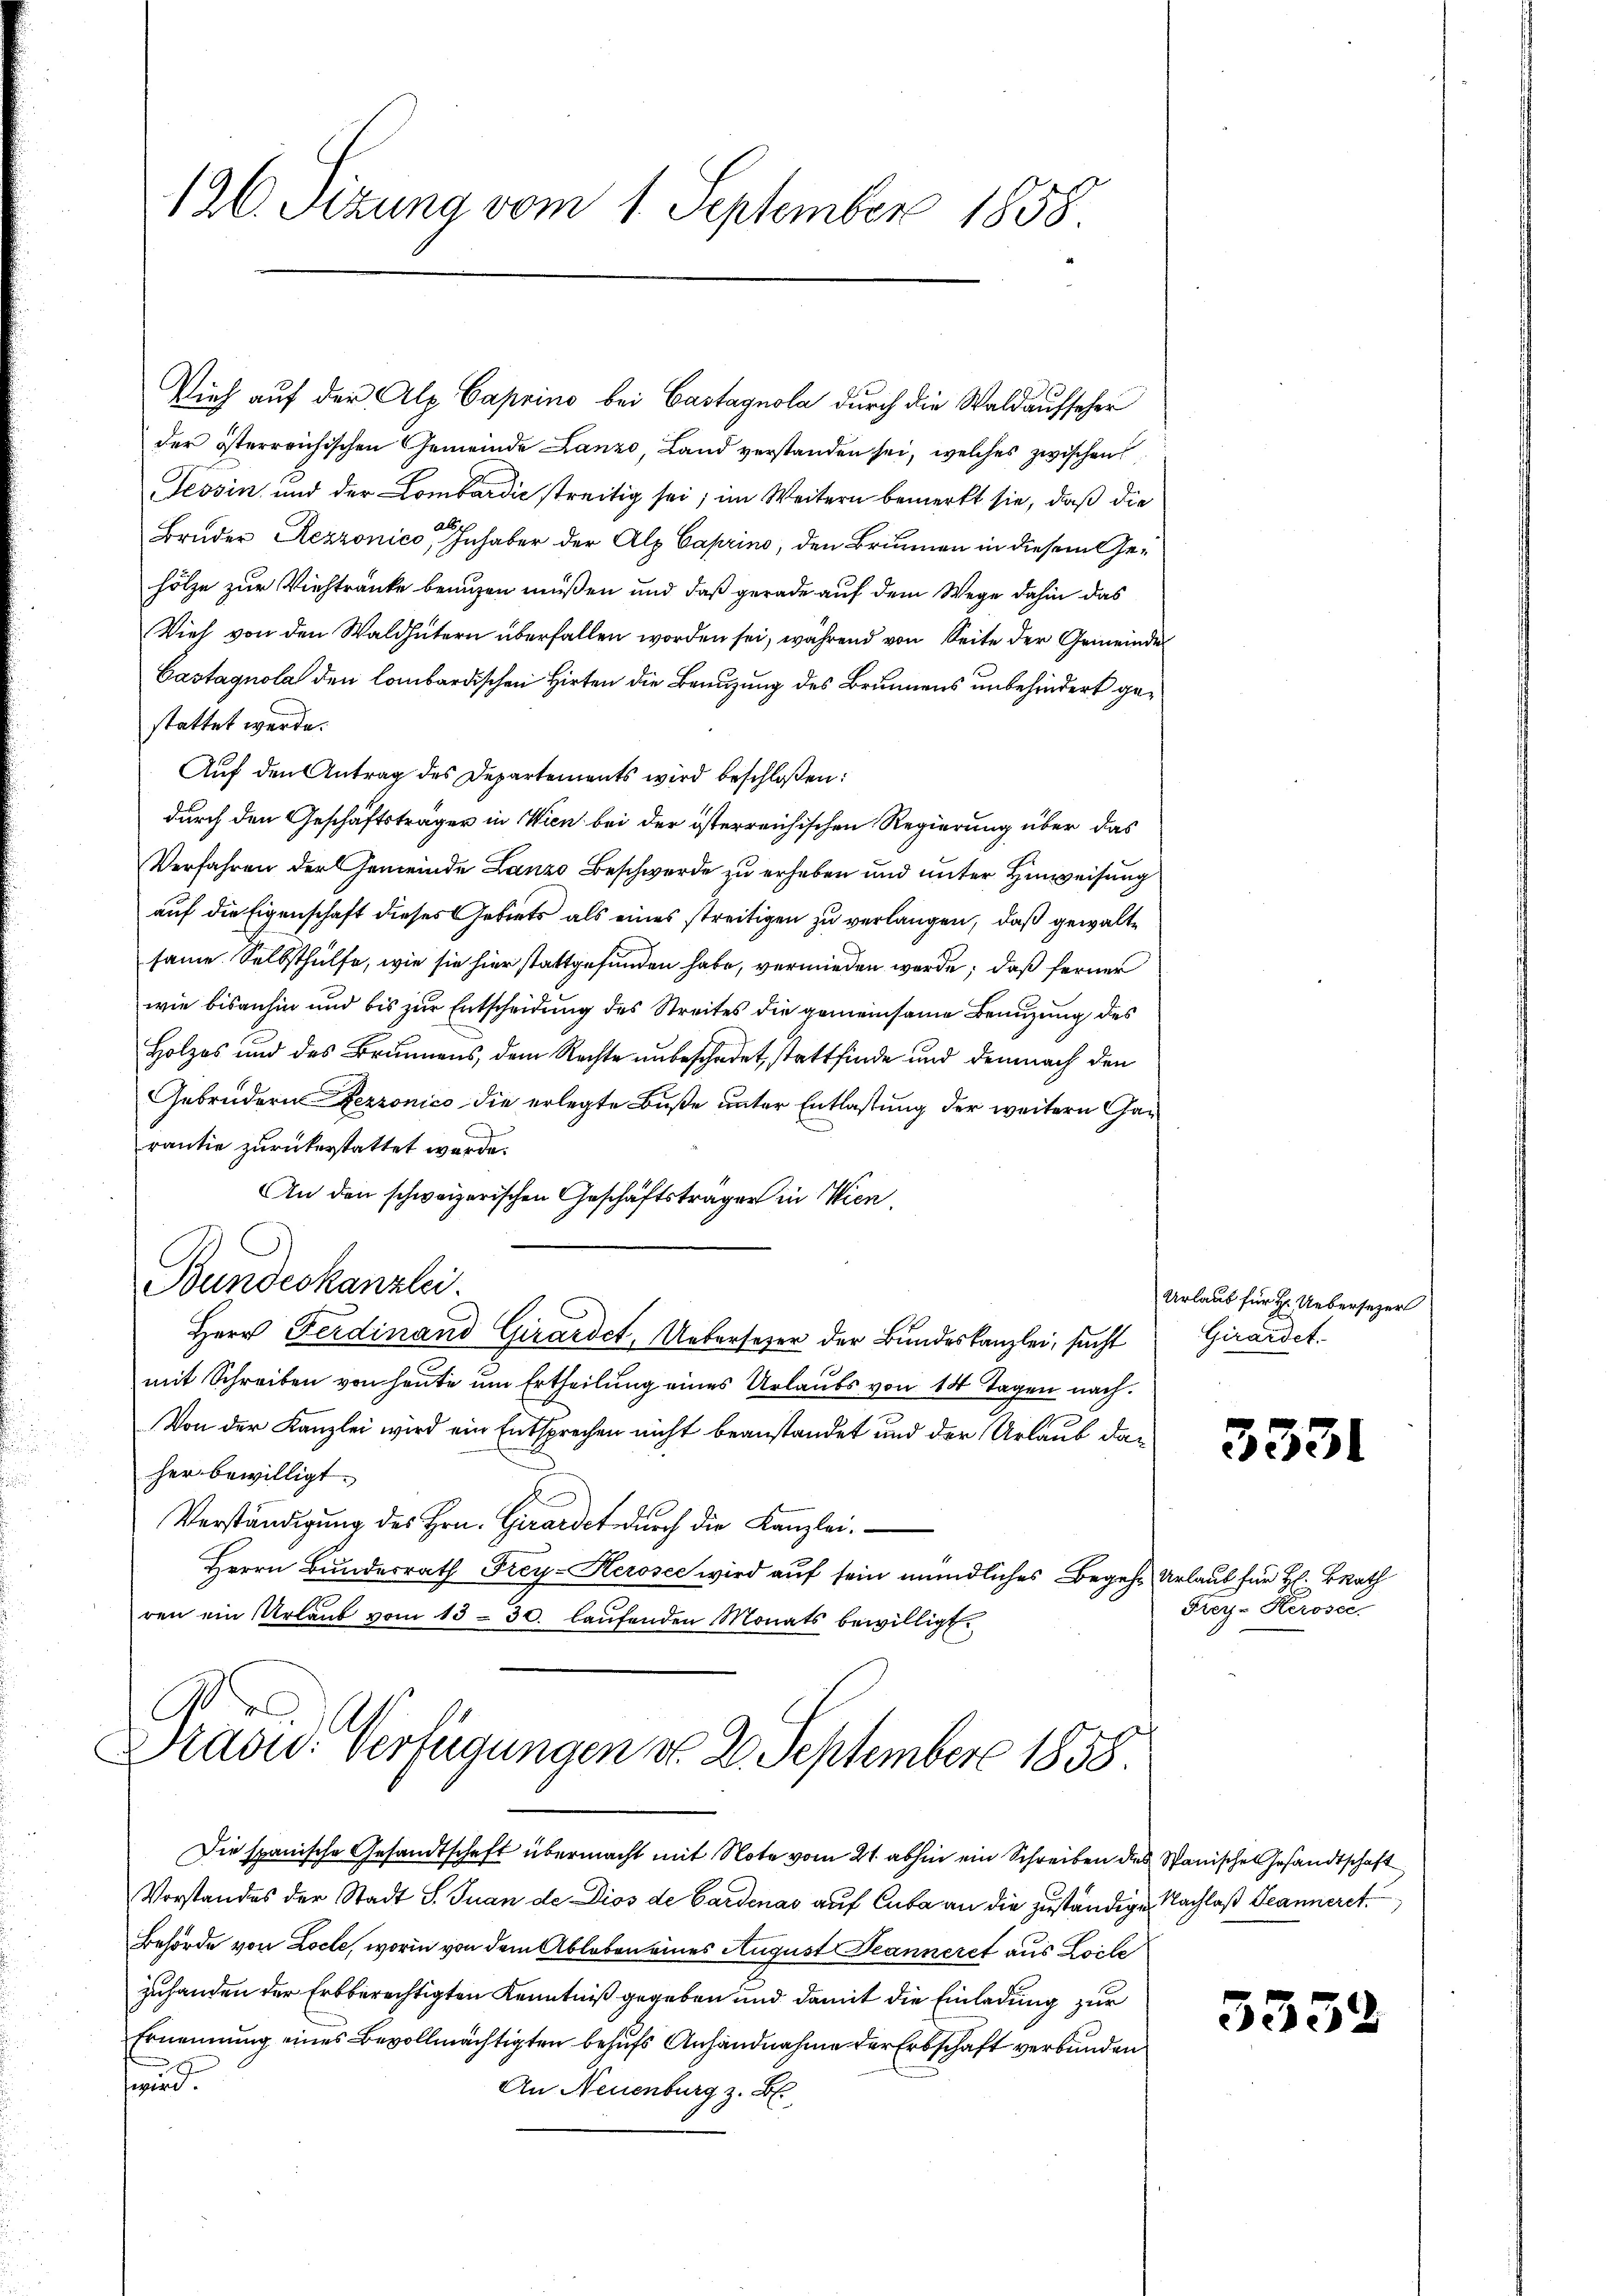
126. Sizung vom 1. September 1858.

Vieh auf der Alp Caprino bei Castagnola durch die Waldaufseher
der österreichischen Gemeinde Lanzo, Land verstanden sei, welches zwischens
Tessin und der Lombardić streitig sei; im Weitern bemerkt sie, daß die
Bruder Rezzonico, Inhaber der Alp Caprino, den Brunnen in diesem Gehölze zur Viehtränke benuzen müßen und daß gerade auf dem Wege dahin das
Vieh von den Waldhütern überfallen worden sei, während von Seite der Gemeinde
Castagnola den lombardischen Hirten die Benuzung des Brunnens unbehindert gestattet werde.
Auf den Antrag des Departements wird beschloßen:
durch den Geschäftsträger in Wien bei der österreichischen Regierung über das
Verfahren der Gemeinde Lanzo Beschwerde zu erheben und unter Hinweisung
auf die Eigenschaft dieses Gebiets als eines streitigen zu verlangen, daß gewalte
same. Selbsthülfe, wie sie hier stattgefunden habe, vermieden werde; daß ferner
wie bisanhin und bis zur Entscheidung des Streites die gemeinsame Benuzung des
Holzes und des Brunnens, dem Rechte unbeschadet, stattfinde und demnach den
Gebrüdern Fezzonico die erlegte Buße unter Entlastung der weitern Garantie zurückerstattet wurde.
An den schweizerischen Geschäftsträger in Wien,
Bundeskanzlei.
Herr Ferdinand Girardet. Uebersezer der Bundeskanzlei, sacht
mit Schreiben von heute um Ertheilung eines Urlaubs von 14 Tagen nach
Von der Kanzlei wird ein Entsprechen nicht beanstandet und der Urlaub daher bewilligt.
Verständigŭng des Hrn. Girardet dŭrch die Kanzlei.
Herrn Bundesrath Frey- Herosee wird auf sein mündliches Begehre Urlaub für H. Brat
ren ein Urlaŭb vom 13. 30. laŭfenden Monats bewilligt.

d
s
Drasu: Verfügungen d. 2. September 1858.

Die spanische Gesandtschaft übermacht mit Note vom 21. abhin ein Schreiben des Stanische Gesandtschaft
Vorstandes der Stadt S. Tuan de Dios de Cardenas auf Cuba an die zuständige Nachlaß Jeanneret.
Behörde von Locle, worin von dem Ableben eines August Jeanneret aus Loile
zuhanden der Erbberechtigten Kenntniß gegeben und damit die Einladung zur
Ernennung eines Bevollmächtigten behufs Anhandnahme der Erbschaft verbunden
wird.
An Neuenburg z. B.

Urlaub für Hr. Uebersezer
Girardet.

3331

Frey- Kerosec

555.